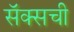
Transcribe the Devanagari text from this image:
सॅक्सची